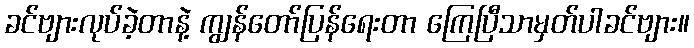
ခင်ဗျားလုပ်ခဲ့တာနဲ့ ကျွန်တော်ပြန်ရေးတာ ကြေပြီသာမှတ်ပါခင်ဗျား။